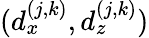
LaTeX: (d_{x}^{(j,k)},d_{z}^{(j,k)})